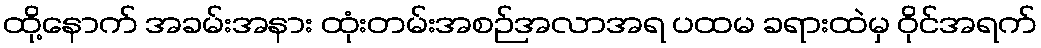
ထို့နောက် အခမ်းအနား ထုံးတမ်းအစဉ်အလာအရ ပထမ ခရားထဲမှ ဝိုင်အရက်